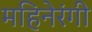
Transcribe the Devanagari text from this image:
महिनेरंगी